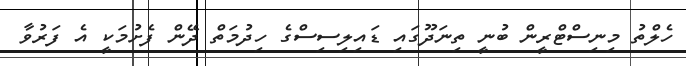
ހެލްތު މިނިސްޓްރީން ބުނީ ތިނަދޫގައި ޑައިލިސިސްގެ ހިދުމަތް ދޭން ފެށުމަކީ އެ ފަރުވާ